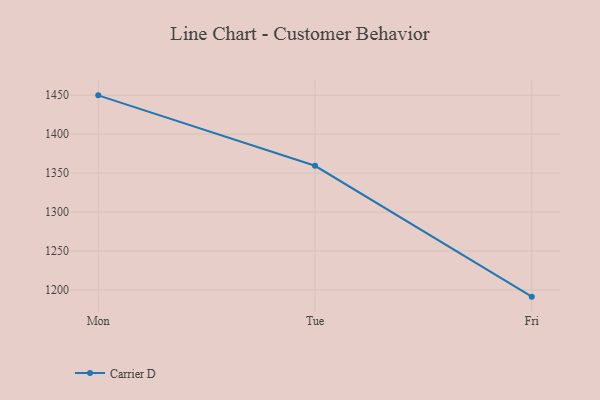
{"axis": {"x": "Day", "y": "Backlog"}, "legend": ["Carrier D"], "data": [{"x": "Mon", "y": 1449.8, "type": "Carrier D"}, {"x": "Tue", "y": 1359.4, "type": "Carrier D"}, {"x": "Fri", "y": 1191.4, "type": "Carrier D"}]}